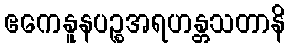
ဧကေနူနပဉ္စအရဟန္တသတာနိ